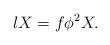
LaTeX: \begin{align*}lX=f\phi^{2}X.\end{align*}